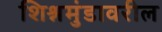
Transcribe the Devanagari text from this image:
शिश्नमुंडावरील